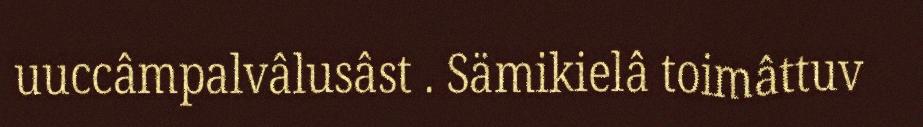
uuccâmpalvâlusâst . Sämikielâ toimâttuv